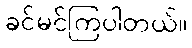
ခင်မင်ကြပါတယ်။